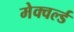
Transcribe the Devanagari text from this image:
मेक्वर्ल्ड